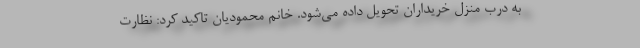
به درب منزل خریداران تحویل داده می‌شود. خانم محمودیان تاکید کرد: نظارت